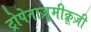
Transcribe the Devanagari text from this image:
ट्रोपेनाज़ूमीक्रूज़ी